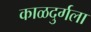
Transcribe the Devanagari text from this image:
काळदुर्गला